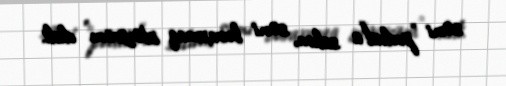
səni ”podval"a salım, səni buraxmaq istəyirəm" dedi.